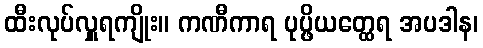
ထီးလုပ်လှူရကျိုး။ ကဏီကာရ ပုပ္ဖိယတ္ထေရ အပဒါန၊